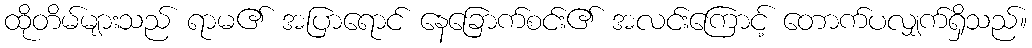
ထိုတိမ်များသည် ရာမ၏ အပြာရောင် နေခြောက်စင်း၏ အလင်းကြောင့် တောက်ပလျှက်ရှိသည်။